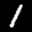
Label: 1